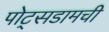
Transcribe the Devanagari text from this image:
पोट्सडामची